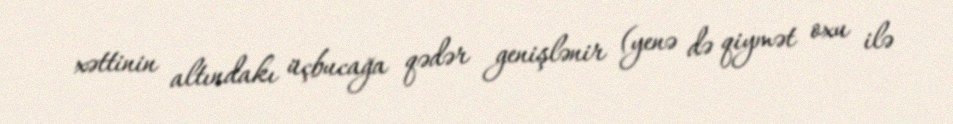
xəttinin altındakı üçbucağa qədər genişlənir (yenə də qiymət oxu ilə